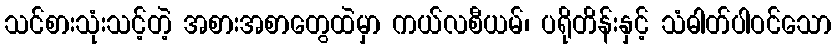
သင်စားသုံးသင့်တဲ့ အစားအစာတွေထဲမှာ ကယ်လစီယမ်၊ ပရိုတိန်းနှင့် သံဓါတ်ပါဝင်သော